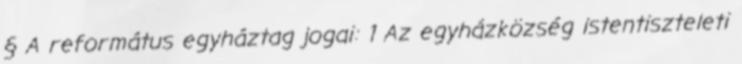
§ A református egyháztag jogai: 1 Az egyházközség istentiszteleti